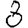
Digit: 8